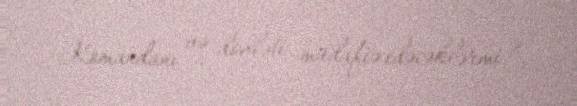
Komandanı və dövləti müdafiə edəcəklərmi?.